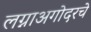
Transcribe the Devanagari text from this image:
लग्नाअगोदरचे